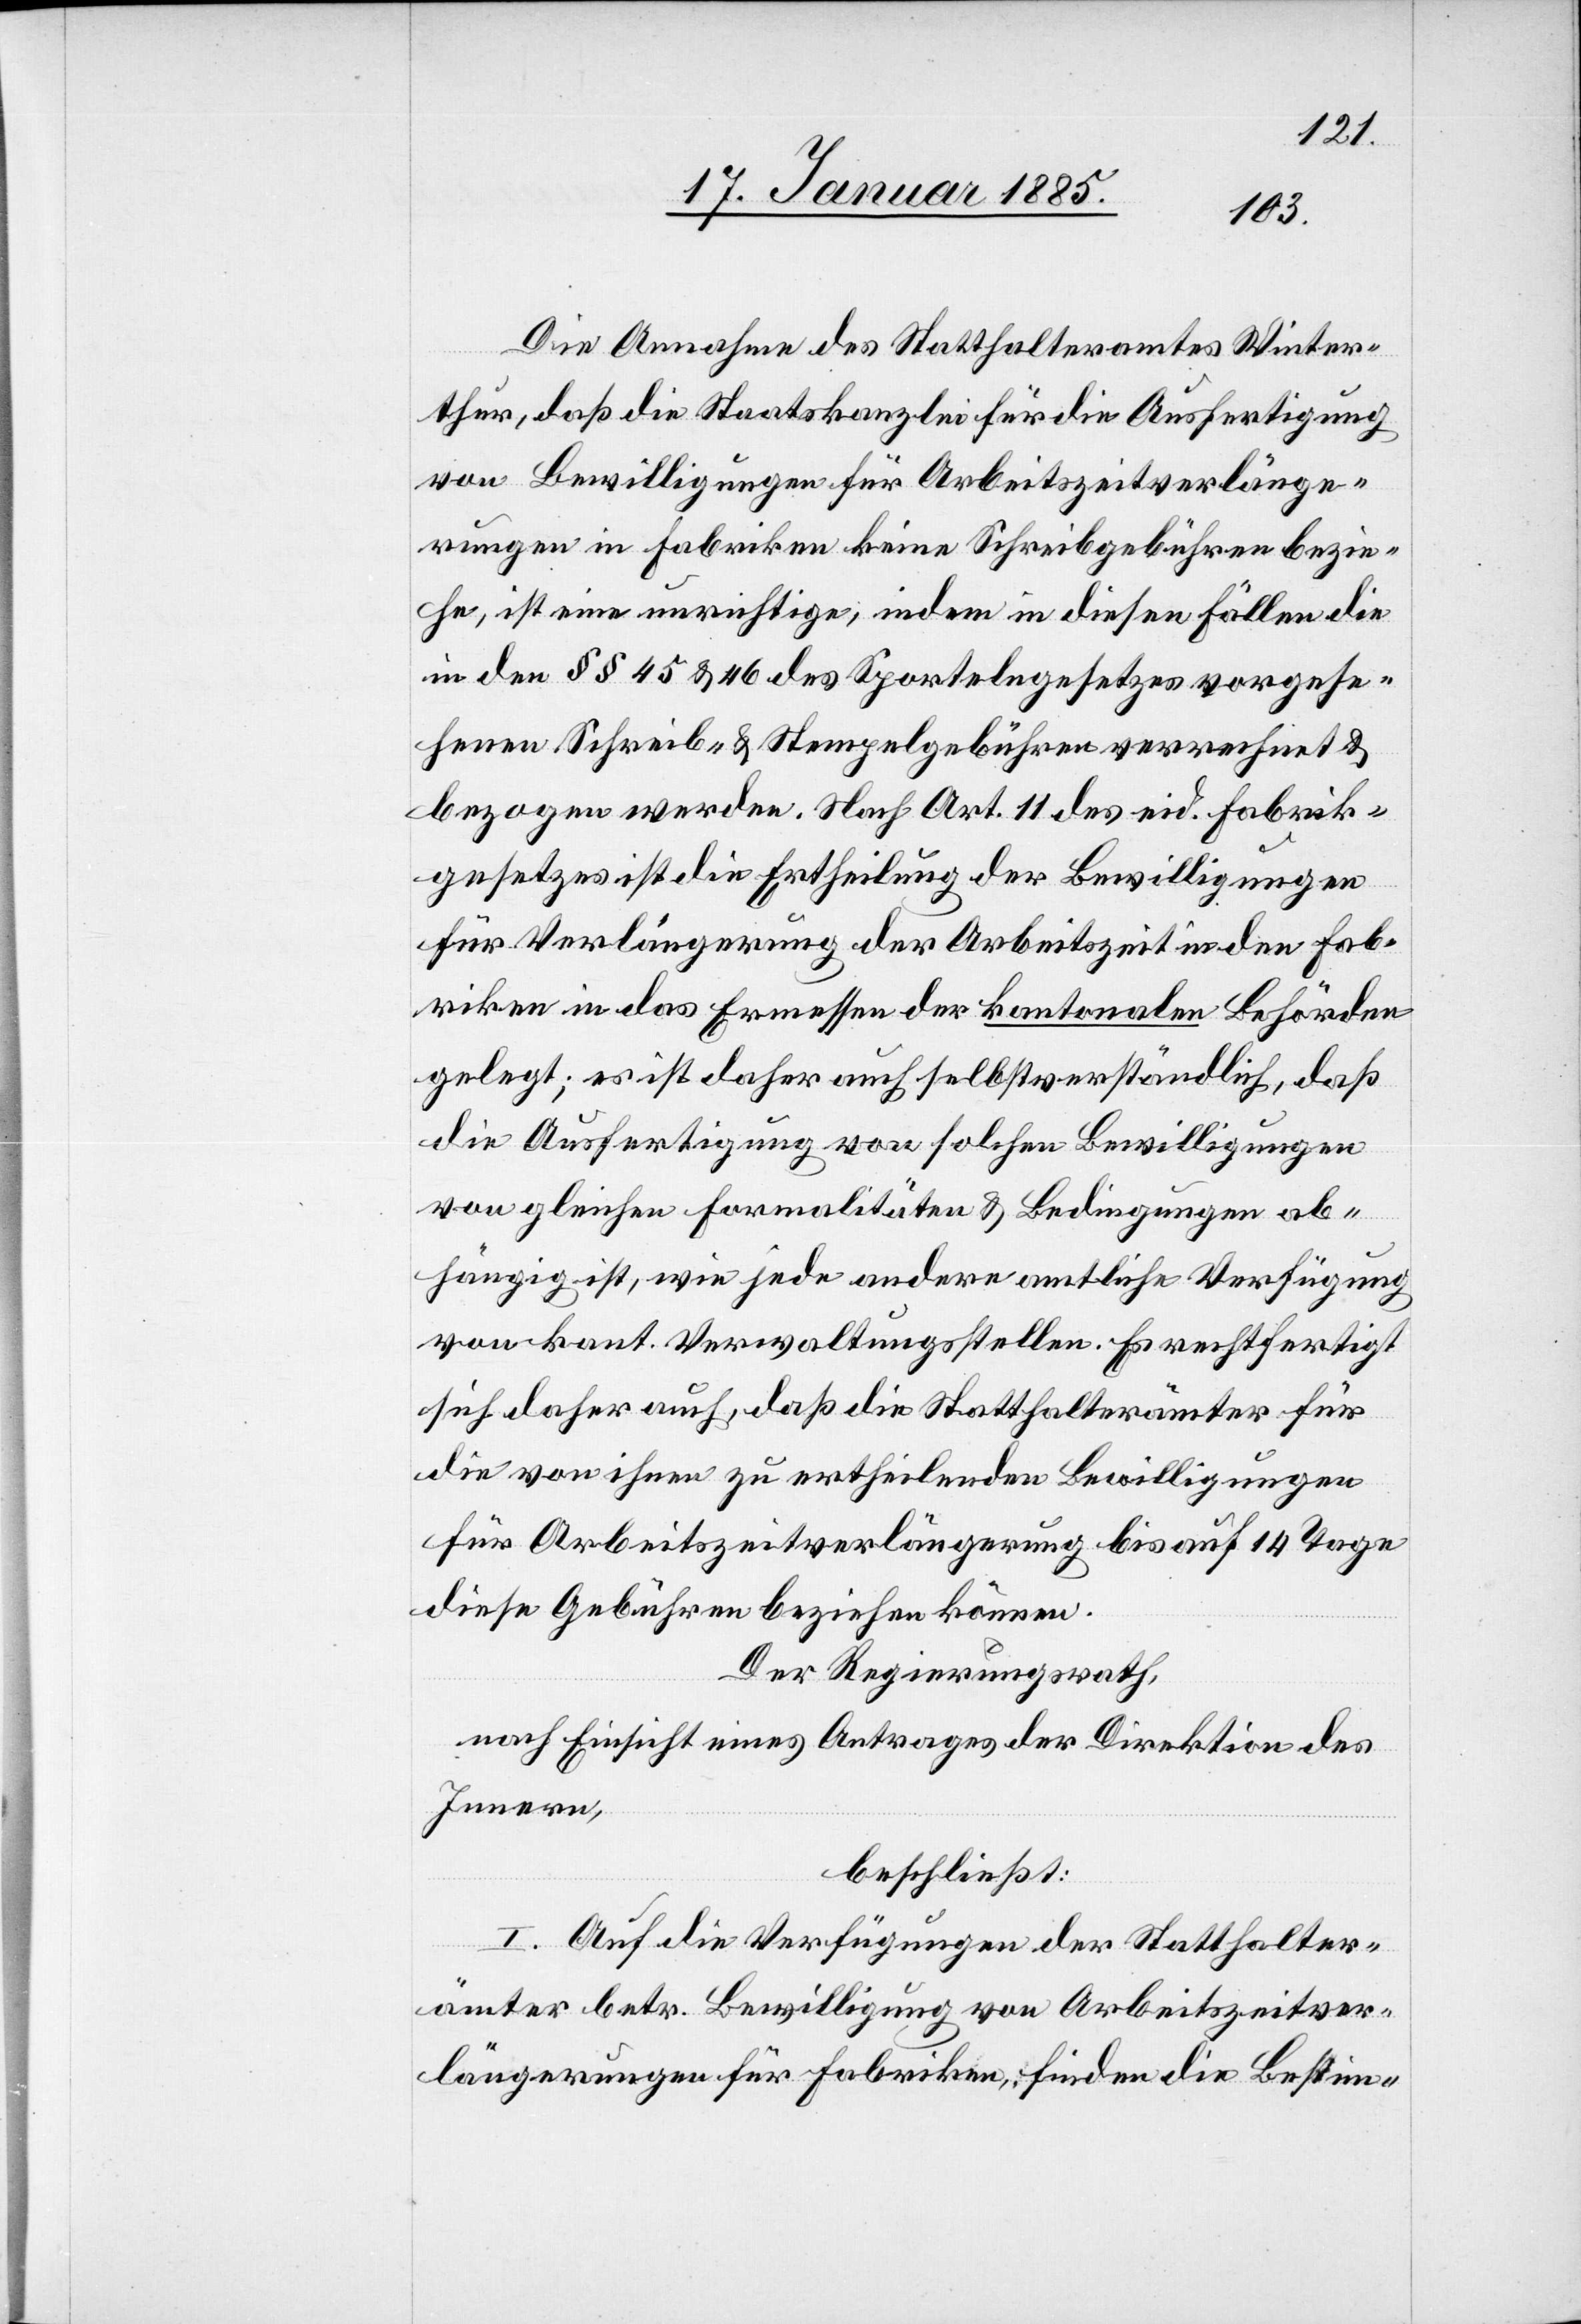
Die Annahme des Statthalteramtes Winter¬
thur, daß die Staatskanzlei für die Ausfertigung
von Bewilligungen für Arbeitszeitverlänge¬
rungen in Fabriken keine Schreibgebühren bezie¬
he, ist eine unrichtige, indem in diesen Fällen die
in den §§ 45 & 46 des Sportelngesetzes vorgese¬
henen Schreib- & Stempelgebühren verrechnet &
bezogen werden. Nach Art. 11 des eid. Fabrik¬
gesetzes ist die Ertheilung der Bewilligungen
für Verlängerungen der Arbeitszeit in den Fab¬
riken in das Ermessen der kantonalen Behörden
gelegt; es ist daher auch selbstverständlich, daß
die Ausfertigung von solchen Bewilligungen
von gleichen Formalitäten & Bedingungen ab¬
hängig ist, wie jede andere amtliche Verfügung
von kant. Verwaltungsstellen. Es rechtfertigt
sich daher auch, daß die Statthalterämter für
die von ihnen zu ertheilenden Bewilligungen
für Arbeitszeitverlängerung bis auf 14 Tage
diese Gebühren beziehen können.
Der Regierungsrath,
nach Einsicht eines Antrages der Direktion des
Innern,
beschließt:
I. Auf die Verfügungen der Statthalter¬
ämter betr. Bewilligung von Arbeitszeitver¬
längerungen für Fabriken, finden die Bestim-